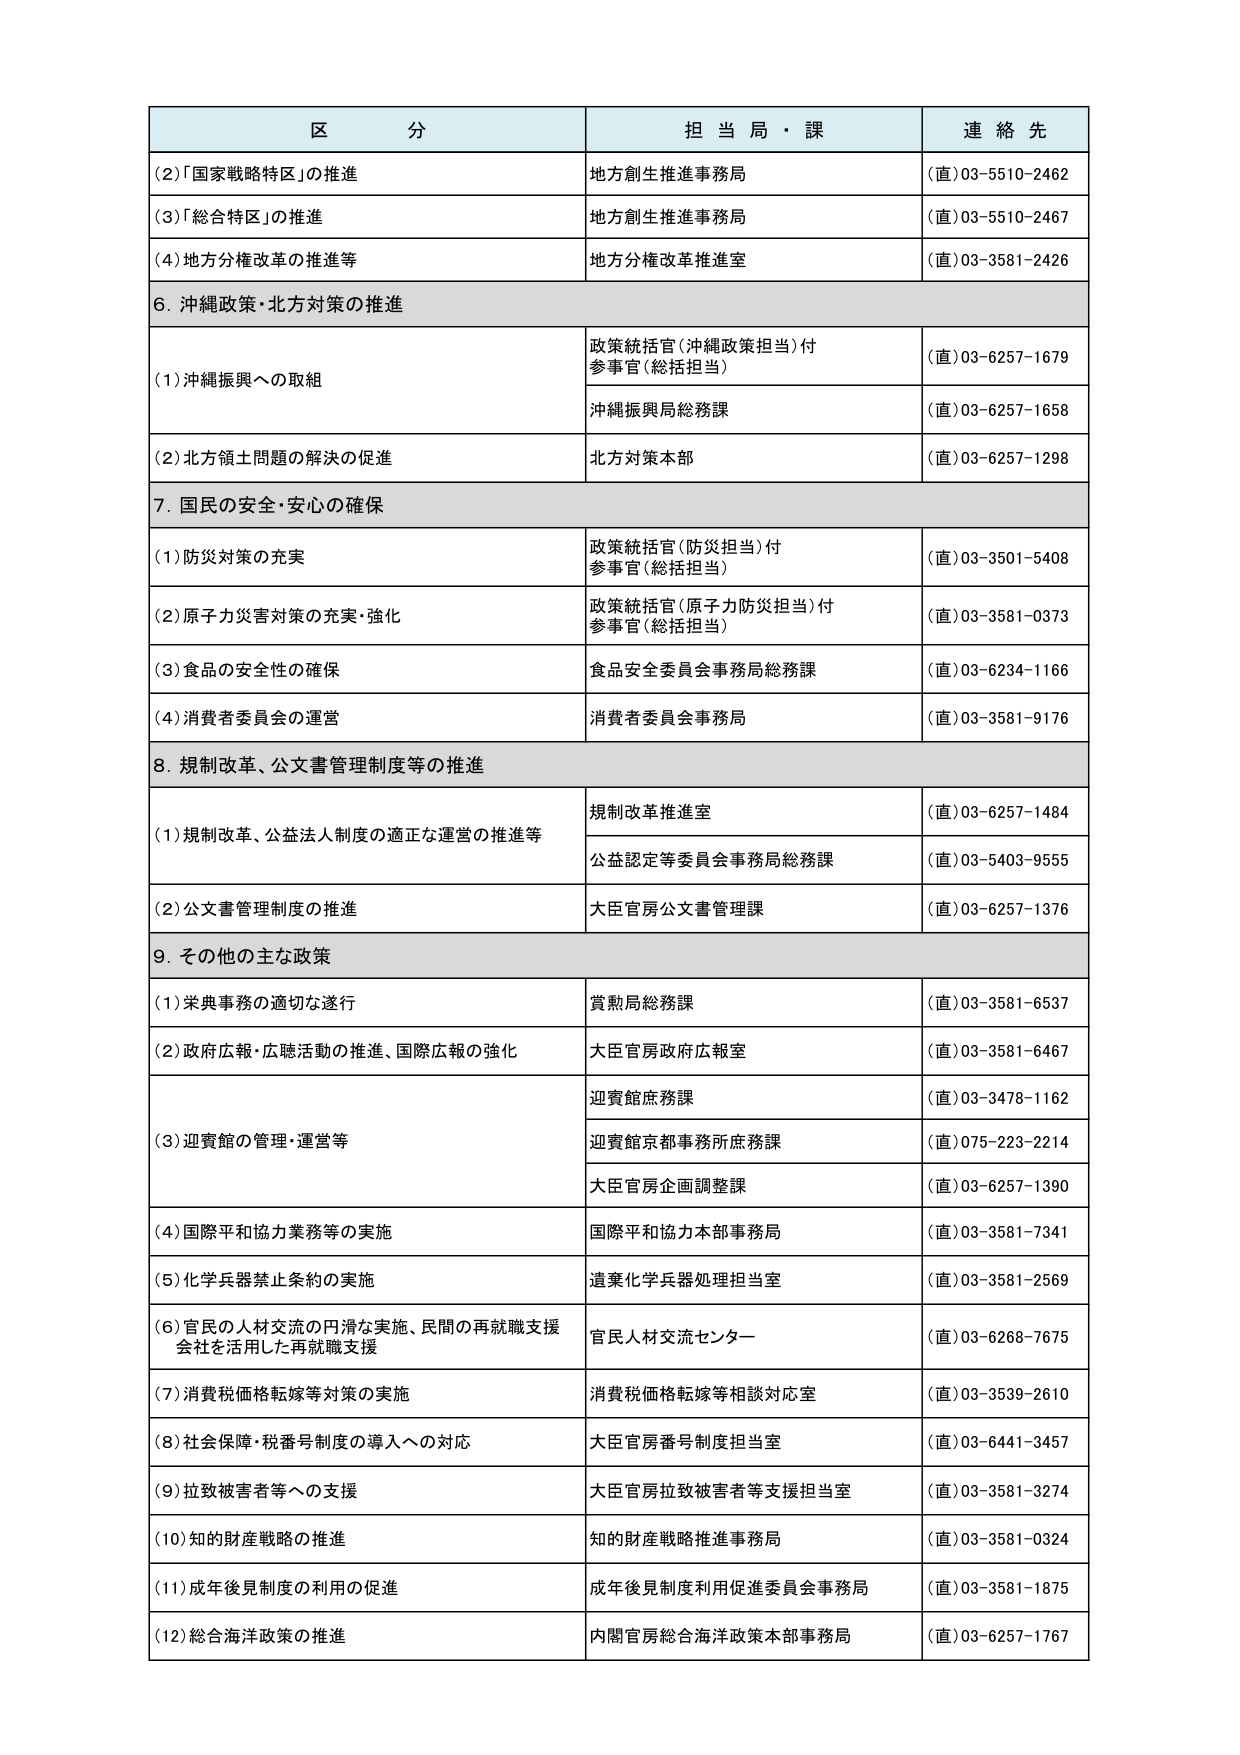
区 分 担 当 局・課 連 絡 先
(2)「国家戦略特区」の推進 地方創生推進事務局 (直)03-5510-2462
(3)「総合特区」の推進 地方創生推進事務局 (直)03-5510-2467
(4)地方分権改革の推進等 地方分権改革推進室 (直)03-3581-2426
6. 沖縄政策・北方対策の推進
(1)沖縄振興への取組 政策統括官(沖縄政策担当)付 参事官(総括担当) (直)03-6257-1679
沖縄振興局総務課 (直)03-6257-1658
(2)北方領土問題の解決の促進 北方対策本部 (直)03-6257-1298
7. 国民の安全・安心の確保
(1)防災対策の充実 政策統括官(防災担当)付 参事官(総括担当) (直)03-3501-5408
(2)原子力災害対策の充実・強化 政策統括官(原子力防災担当)付 参事官(総括担当) (直)03-3581-0373
(3)食品の安全性の確保 食品安全委員会事務局総務課 (直)03-6234-1166
(4)消費者委員会の運営 消費者委員会事務局 (直)03-3581-9176
8. 規制改革、公文書管理制度等の推進
(1)規制改革、公益法人制度の適正な運営の推進等 規制改革推進室 (直)03-6257-1484
公益認定等委員会事務局総務課 (直)03-5403-9555
(2)公文書管理制度の推進 大臣官房公文書管理課 (直)03-6257-1376
9. その他の主な政策
(1)栄典事務の適切な遂行 賞勲局総務課 (直)03-3581-6537
(2)政府広報・広聴活動の推進、国際広報の強化 大臣官房政府広報室 (直)03-3581-6467
(3)迎賓館の管理・運営等 迎賓館庶務課 (直)03-3478-1162
迎賓館京都事務所庶務課 (直)075-223-2214
大臣官房企画調整課 (直)03-6257-1390
(4)国際平和協力業務等の実施 国際平和協力本部事務局 (直)03-3581-7341
(5)化学兵器禁止条約の実施 遺棄化学兵器処理担当室 (直)03-3581-2569
(6)官民の人材交流の円滑な実施、民間の再就職支援 会社を活用した再就職支援 官民人材交流センター (直)03-6268-7675
(7)消費税価格転嫁等対策の実施 消費税価格転嫁等相談対応室 (直)03-3539-2610
(8)社会保障・税番号制度の導入への対応 大臣官房番号制度担当室 (直)03-6441-3457
(9)拉致被害者等への支援 大臣官房拉致被害者等支援担当室 (直)03-3581-3274
(10)知的財産戦略の推進 知的財産戦略推進事務局 (直)03-3581-0324
(11)成年後見制度の利用の促進 成年後見制度利用促進委員会事務局 (直)03-3581-1875
(12)総合海洋政策の推進 内閣官房総合海洋政策本部事務局 (直)03-6257-1767